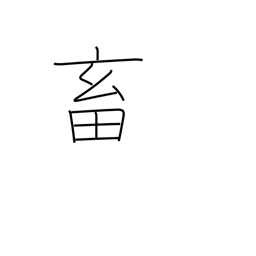
Meaning: domestic fowl and animals